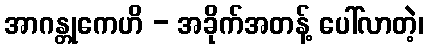
အာဂန္တုကေဟိ - အခိုက်အတန့် ပေါ်လာတဲ့၊